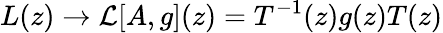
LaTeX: L(z)\rightarrow{\cal L}[A,g](z)=T^{-1}(z)g(z)T(z)